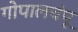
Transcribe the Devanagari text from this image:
गोपालचंपू